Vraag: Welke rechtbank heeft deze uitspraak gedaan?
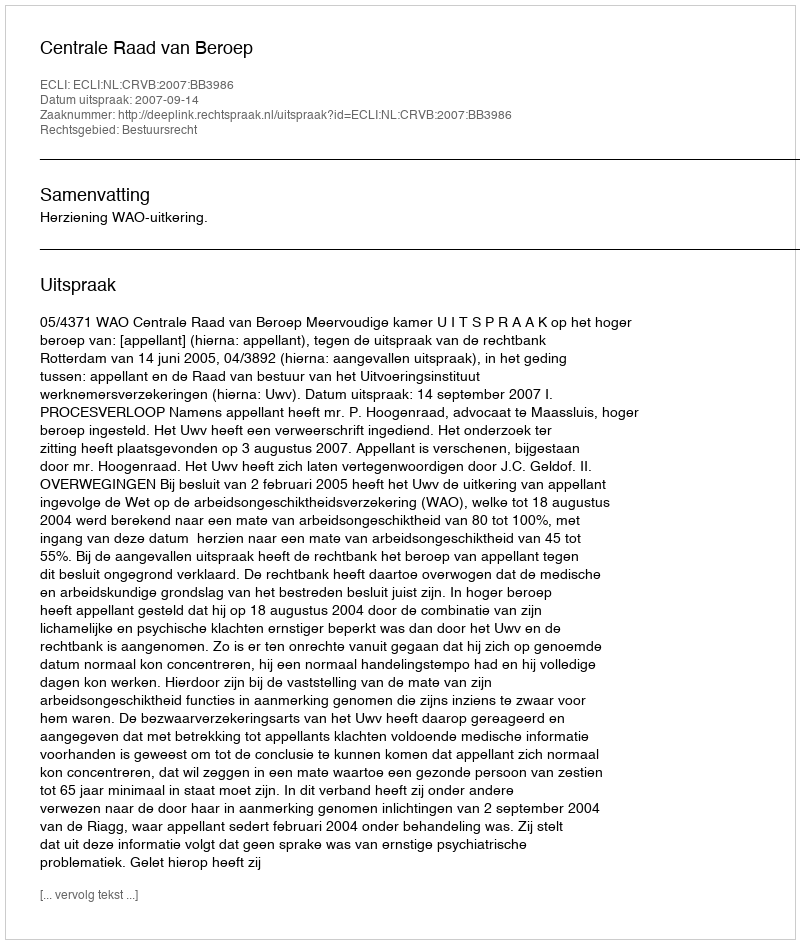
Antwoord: Centrale Raad van Beroep